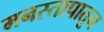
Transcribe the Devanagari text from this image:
मनस्तापातून